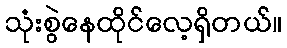
သုံးစွဲနေထိုင်လေ့ရှိတယ်။